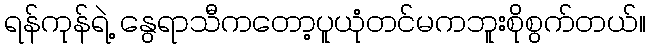
ရန်ကုန်ရဲ့ နွေရာသီကတော့ပူယုံတင်မကဘူးစိုစွက်တယ်။